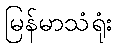
မြန်မာသံရုံး